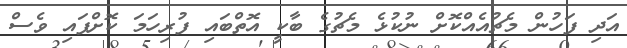
އަދި ފަހުން މެޗުއެއްކޮށް ނުކުޅެ މެޗުގެ ބާކީ އޮތްބައި ފުރިހަމަ ކޮށްފައި ވެސް